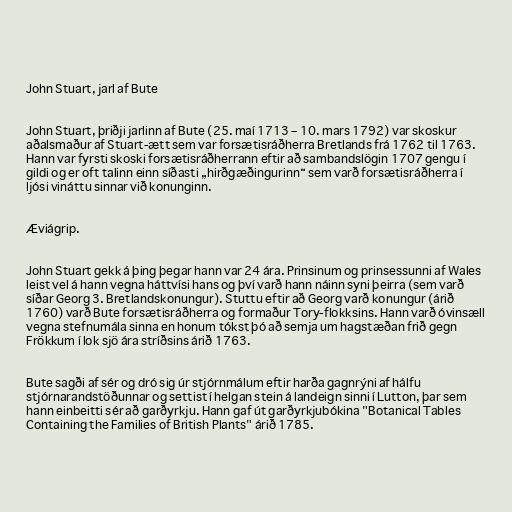
John Stuart, jarl af Bute

John Stuart, þriðji jarlinn af Bute (25. maí 1713 – 10. mars 1792) var skoskur
aðalsmaður af Stuart-ætt sem var forsætisráðherra Bretlands frá 1762 til 1763.
Hann var fyrsti skoski forsætisráðherrann eftir að sambandslögin 1707 gengu í
gildi og er oft talinn einn síðasti „hirðgæðingurinn“ sem varð forsætisráðherra í
ljósi vináttu sinnar við konunginn.

Æviágrip.

John Stuart gekk á þing þegar hann var 24 ára. Prinsinum og prinsessunni af Wales
leist vel á hann vegna háttvísi hans og því varð hann náinn syni þeirra (sem varð
síðar Georg 3. Bretlandskonungur). Stuttu eftir að Georg varð konungur (árið
1760) varð Bute forsætisráðherra og formaður Tory-flokksins. Hann varð óvinsæll
vegna stefnumála sinna en honum tókst þó að semja um hagstæðan frið gegn
Frökkum í lok sjö ára stríðsins árið 1763.

Bute sagði af sér og dró sig úr stjórnmálum eftir harða gagnrýni af hálfu
stjórnarandstöðunnar og settist í helgan stein á landeign sinni í Lutton, þar sem
hann einbeitti sér að garðyrkju. Hann gaf út garðyrkjubókina "Botanical Tables
Containing the Families of British Plants" árið 1785.